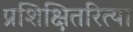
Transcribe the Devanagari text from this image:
प्रशिक्षितरित्या